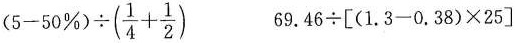
$$(5-50 \% ) \div ( \frac{1}{4}+ \frac{1}{2})$$ $$69.46÷[(1.3-0.38)×25]$$